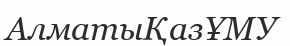
АлматыҚазҰМУ